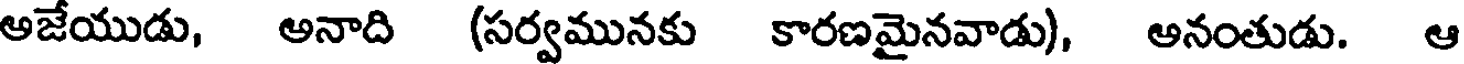
అజేయుడు, అనాది (సర్వమునకు కారణమైనవాడు), అనంతుడు. ఆ